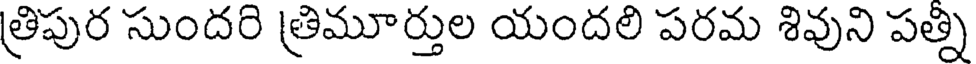
త్రిపుర సుందరి త్రిమూర్తుల యందలి పరమ శివుని పత్ని